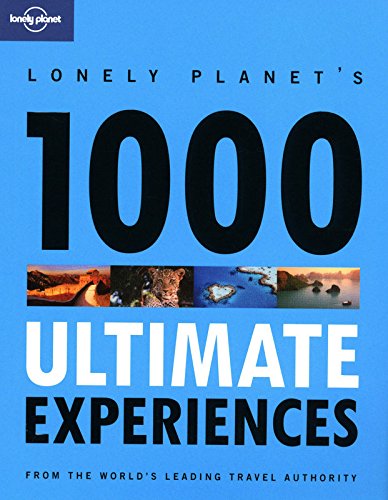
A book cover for Lonely Planet 1000 Ultimate Experiences; Lonely Planet; Travel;